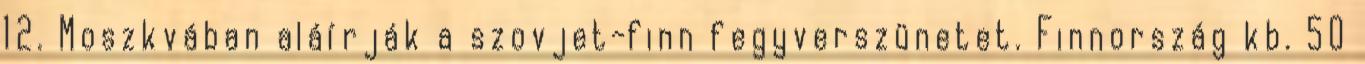
12. Moszkvában aláírják a szovjet-finn fegyverszünetet. Finnország kb. 50